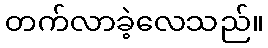
တက်လာခဲ့လေသည်။